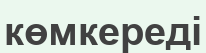
көмкереді